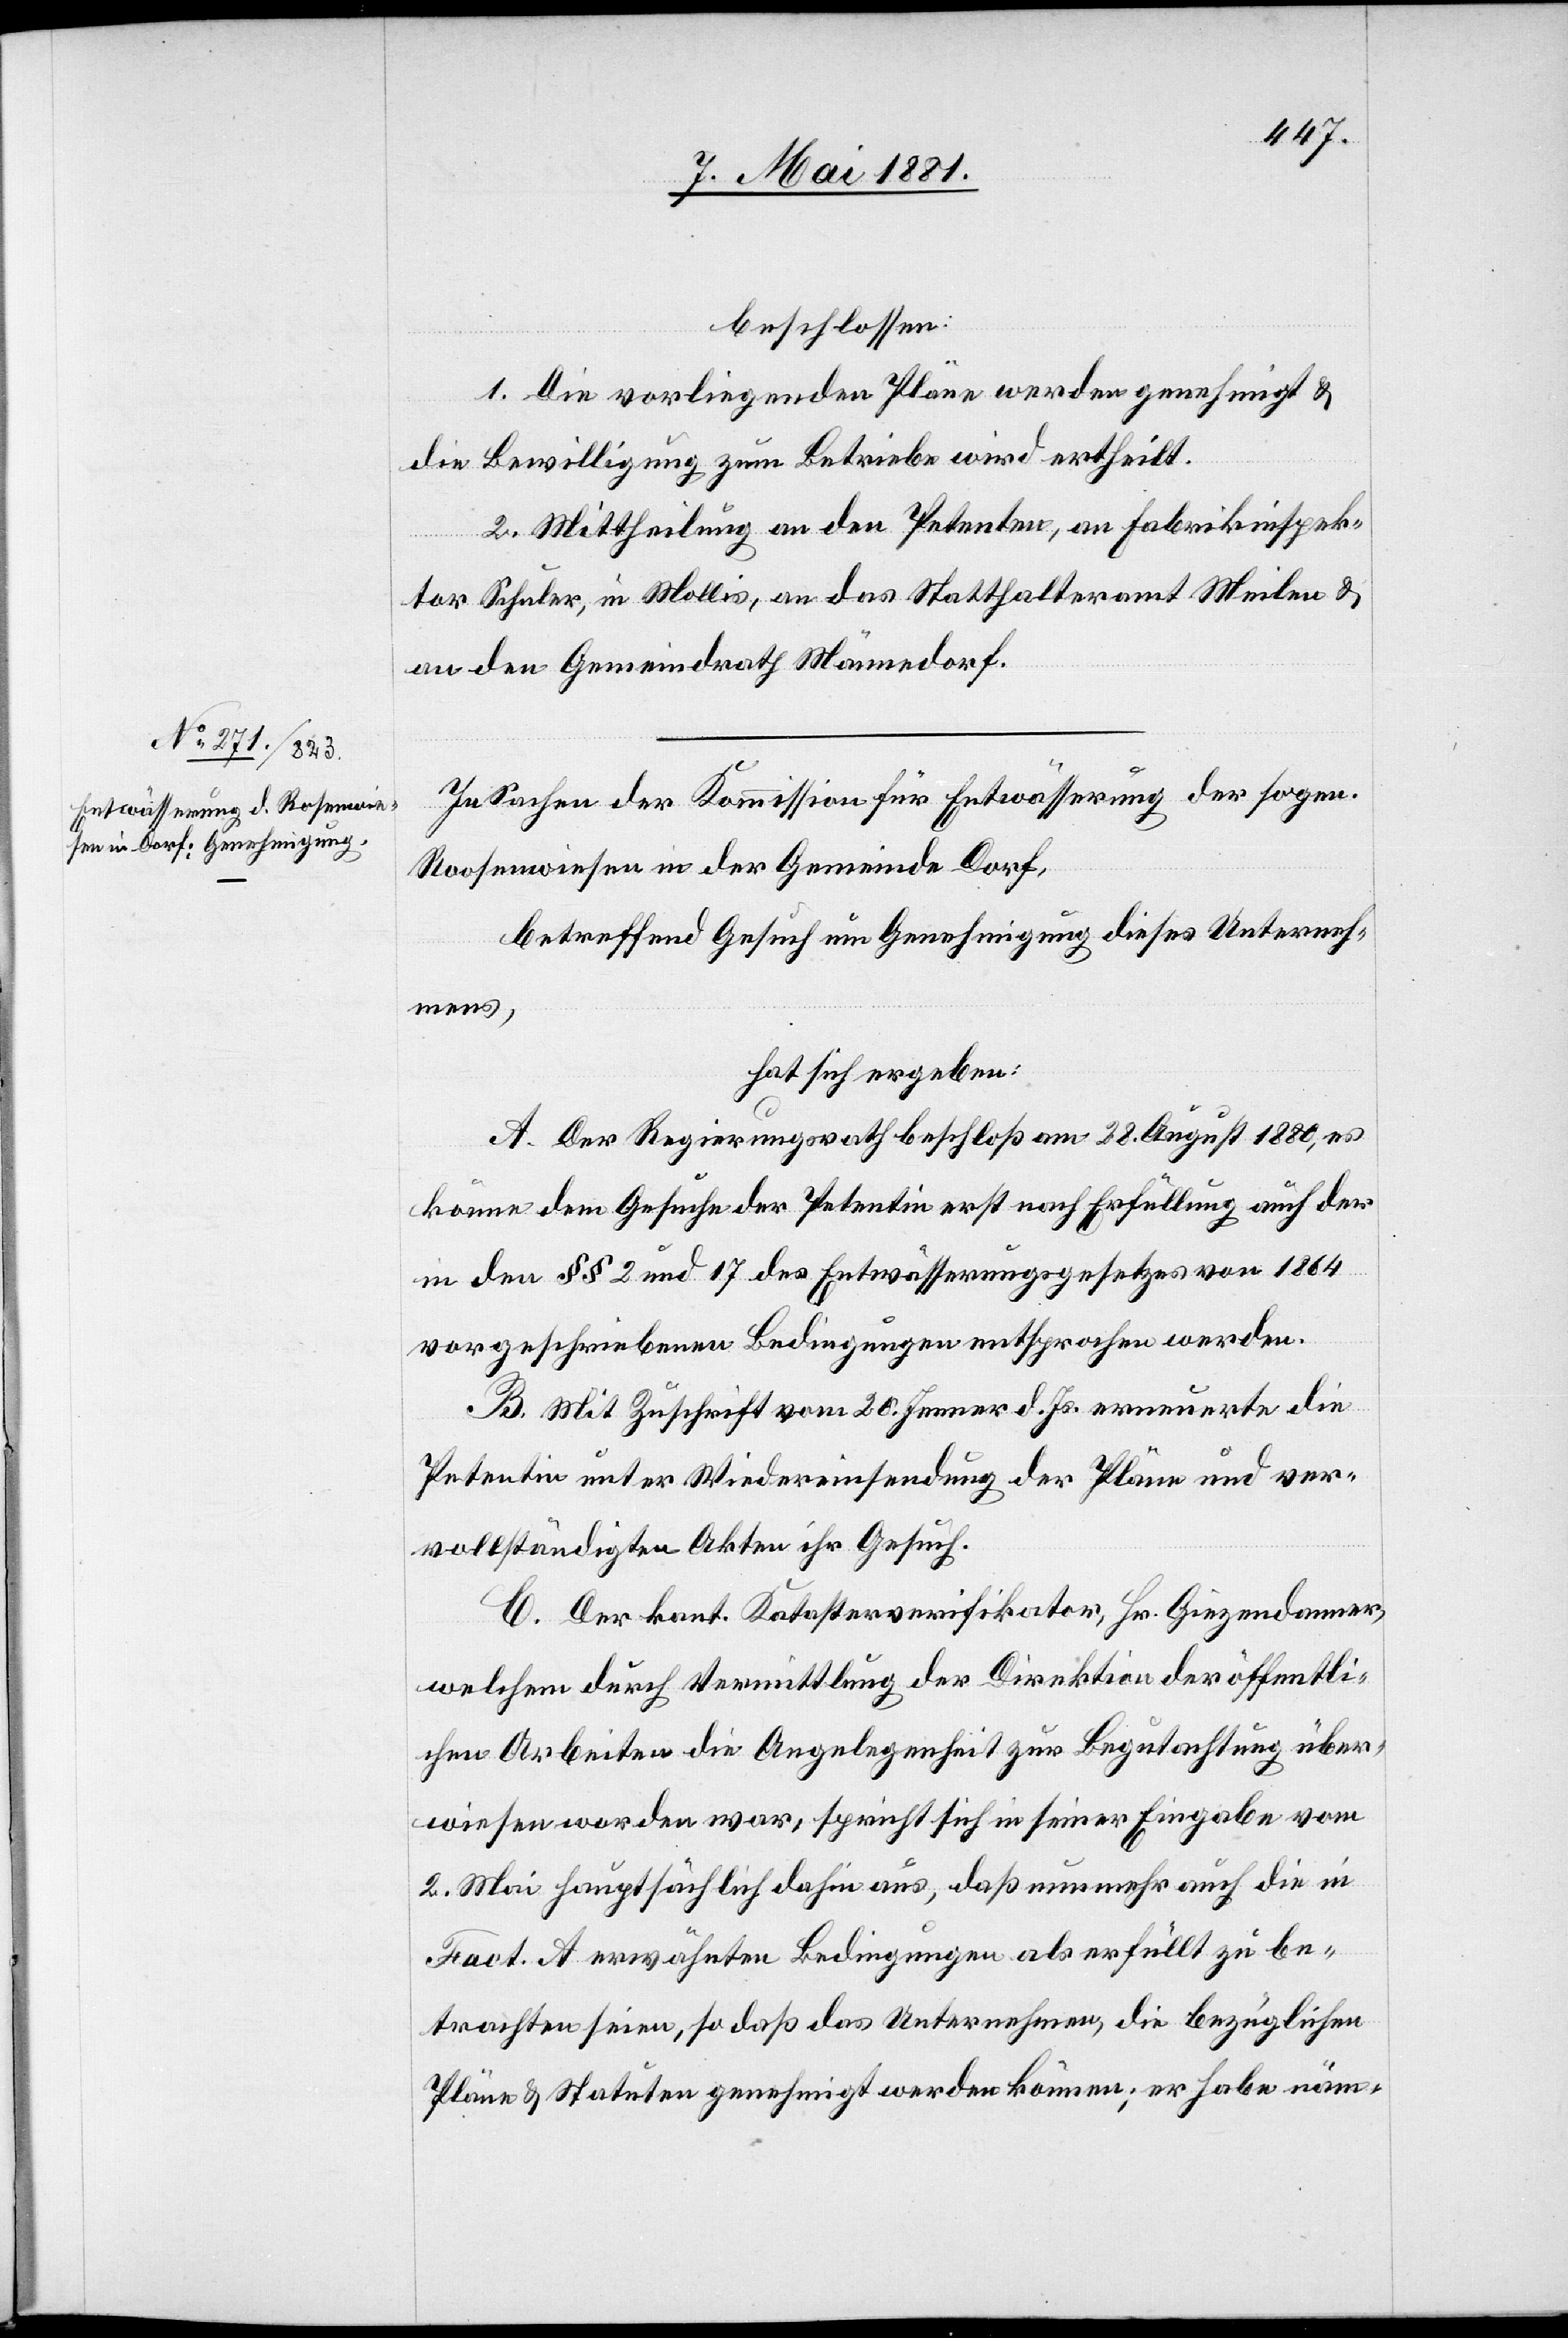
beschlossen:
1. Die vorliegenden Pläne werden genehmigt &
die Bewilligung zum Betrieb wird ertheilt.
2. Mittheilung an den Petenten, an Fabrikinspek¬
tor Schuler, in Mollis, an das Statthalteramt Meilen &
an den Gemeindrath Männedorf.
In Sachen der Kommission für Entwässerung der sogen.
Roosenwiesen [sic!] in der Gemeinde Dorf,
betreffend Gesuch um Genehmigung dieses Unterf¬
angens,
hat sich ergeben:
A. Der Regierungsrath beschloß am 28. August 1880, es
könne dem Gesuche der Petentin erst nach Erfüllung auch der
in den §§ 2 und 17 des Entwässerungsgesetzes von 1864
vorgeschriebenen Bedingungen entsprochen werden.
B. Mit Zuschrift vom 20. Jenner d. Js. erneuerte die
Petentin unter Wiedereinsendung der Pläne und ver¬
vollständigten Akten ihr Gesuch.
C. Der kant. Katasterverifikator, Hr. Giezendanner,
welchem durch Vermittlung der Direktion der öffentli¬
chen Arbeiten die Angelegenheit zur Begutachtung über¬
wiesen worden war, spricht sich in seiner Eingabe vom
2. Mai hauptsächlich dahin aus, daß nunmehr auch die in
Fact. A erwähnten Bedingungen als erfüllt zu be¬
trachten seien, so daß das Unternehmen, die bezüglichen
Pläne & Statuten genehmigt werden können; er habe näm-